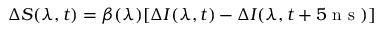
\Delta S ( \lambda , t ) = \beta ( \lambda ) [ \Delta I ( \lambda , t ) - \Delta I ( \lambda , t + 5 \textrm { n s } ) ]